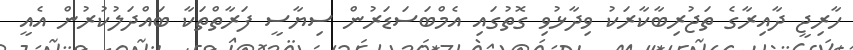
ހާރިޖީ ދާއިރާގެ ތަޖުރިބާކާރަކު ވިދާޅުވި ގޮތުގައި އެމްބަސަޑަރުން ސިޔާސީ ފަރާތްތަކާ ބައްދަލުކުރުން އެއީ